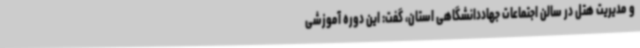
و مدیریت هتل در سالن اجتماعات جهاددانشگاهی استان، گفت: این دوره آموزشی